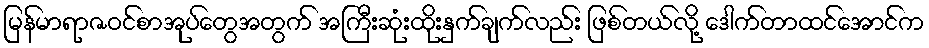
မြန်မာရာဇဝင်စာအုပ်တွေအတွက် အကြီးဆုံးထိုးနှက်ချက်လည်း ဖြစ်တယ်လို့ ဒေါက်တာထင်အောင်က